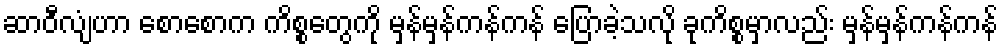
ဆာဝီလျံဟာ စောစောက ကိစ္စတွေကို မှန်မှန်ကန်ကန် ပြောခဲ့သလို ခုကိစ္စမှာလည်း မှန်မှန်ကန်ကန်